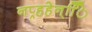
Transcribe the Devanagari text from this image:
नप्र्हहेन्िि